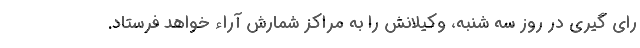
رای گیری در روز سه شنبه، وکیلانش را به مراکز شمارش آراء خواهد فرستاد.